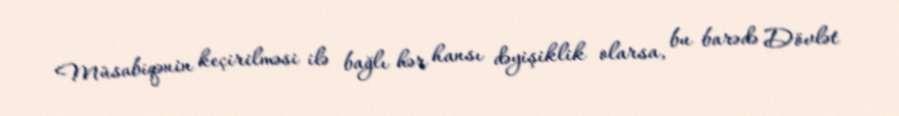
Müsabiqənin keçirilməsi ilə bağlı hər hansı dəyişiklik olarsa, bu barədə Dövlət